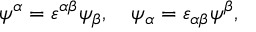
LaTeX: \psi ^ { \alpha } = \varepsilon ^ { \alpha \beta } \psi _ { \beta } , \quad \psi _ { \alpha } = \varepsilon _ { \alpha \beta } \psi ^ { \beta } ,